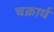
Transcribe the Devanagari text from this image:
चक्रार्ध